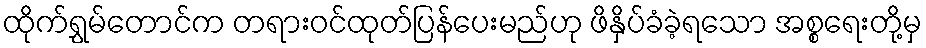
ထိုက်ရွှမ်တောင်က တရားဝင်ထုတ်ပြန်ပေးမည်ဟု ဖိနှိပ်ခံခဲ့ရသော အစ္စရေးတို့မှ